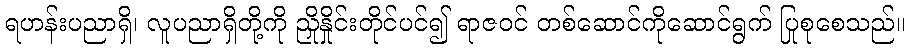
ရဟန်းပညာရှိ၊ လူပညာရှိတို့ကို ညှိုနှိုင်းတိုင်ပင်၍ ရာဇဝင် တစ်ဆောင်ကိုဆောင်ရွက် ပြုစုစေသည်။